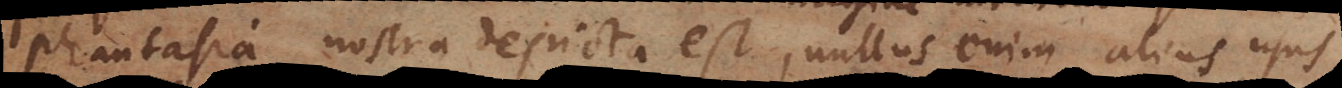
phantasia nostra depicta est, nullus enim alius usus